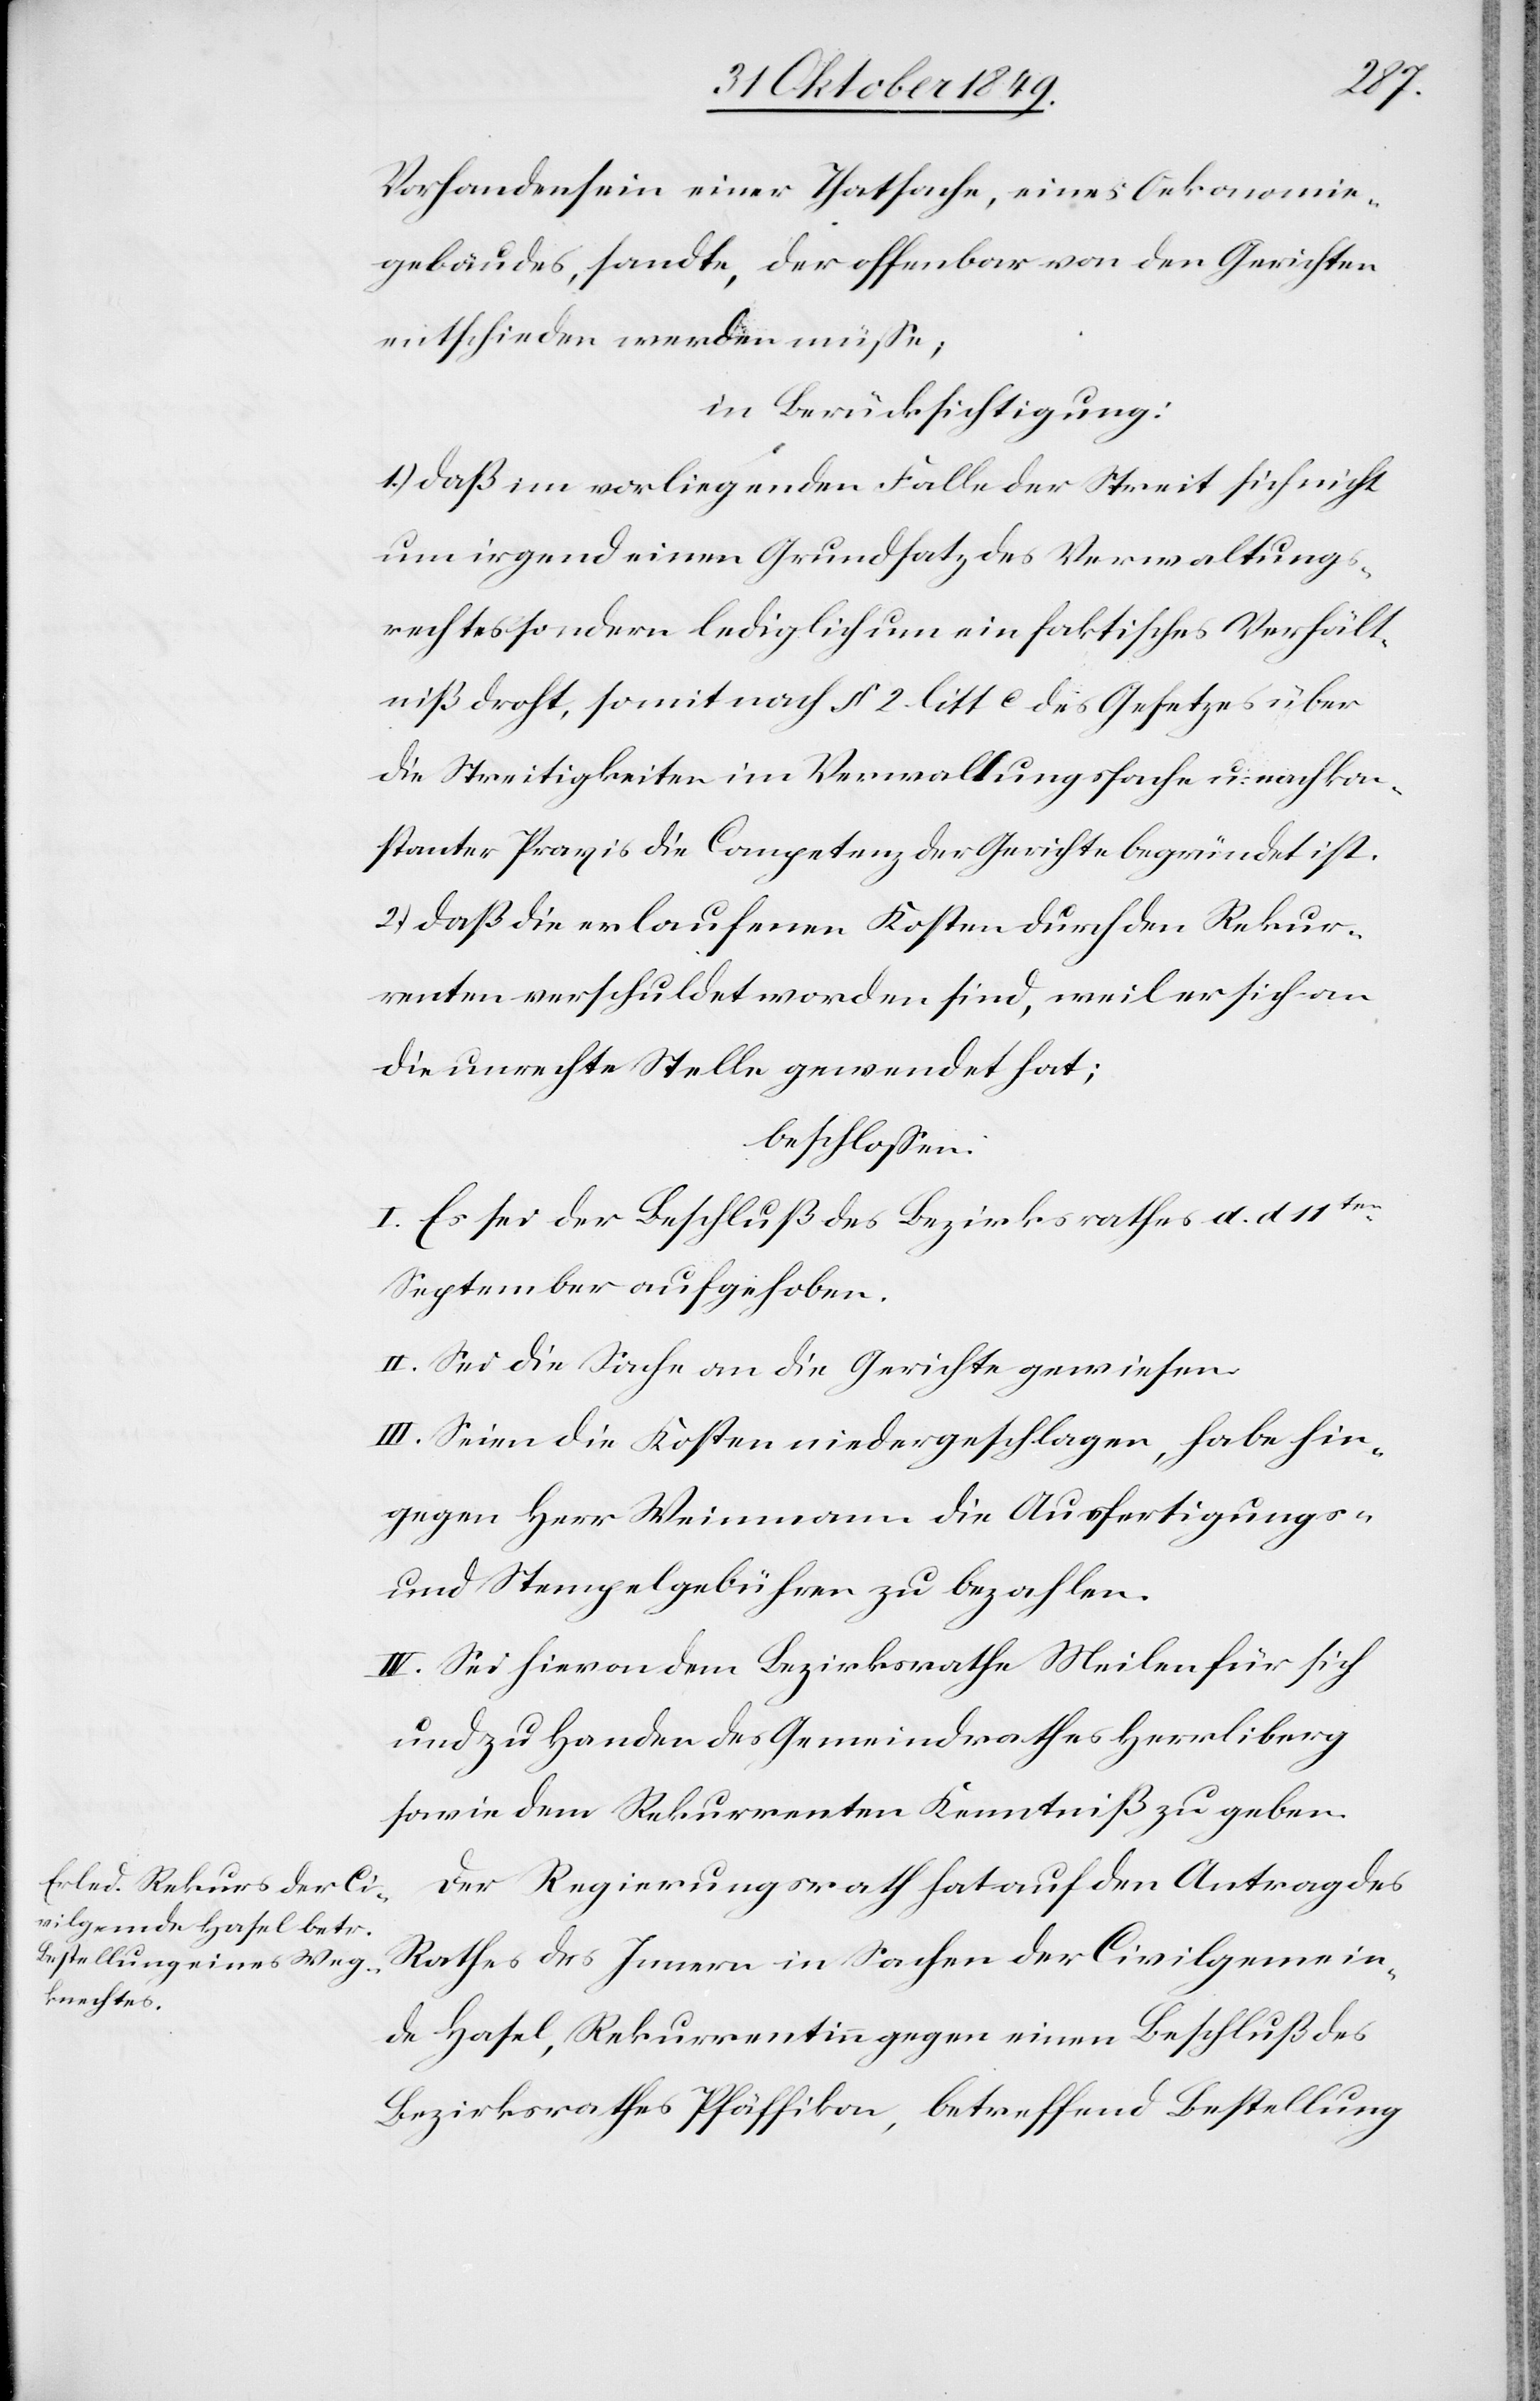
Vorhandensein einer Thatsache, eines Oekonomie¬
gebäudes, sandte, der offenbar von den Gerichten
entschieden werden müße;
in Berücksichtigung:
1.) daß im vorliegenden Falle der Streit sich nicht
um irgend einen Grundsatz des Verwaltungs¬
rechtes sondern lediglich um ein faktisches Verhält¬
niße droht [sic!], somit nach § 2 litt c des Gesetzes über
die Streitigkeiten im Verwaltungsfache u. nach kon¬
stanter Praxis die Competenz der Gerichte begründet ist.
2.) daß die erlaufenen Kosten durch den Rekur¬
renten verschuldet worden sind, weil er sich an
die unrechte Stelle gewendet hat;
beschloßen:
I. Es sei der Beschluß des Bezirksrathes d. d. 11ten
September aufgehoben.
II. Sei die Sache an die Gerichte gewiesen.
III. Seien die Kosten niedergeschlagen, habe hin¬
gegen Herr Weinmann die Ausfertigungs-
u. Stempelgebühren zu bezahlen.
IV. Sei hievon dem Bezirksrathe Meilen für sich
und zu Handen des Gemeindrathes Herrliberg
sowie dem Rekurrenten Kenntniß zu geben.
Der Regierungsrath hat auf den Antrag des
Rathes des Innern in Sachen der Civilgemein¬
de Hasel, Rekurrentinn gegen einen Beschluß des
Bezirksrathes Pfäffikon, betreffend Bestellung